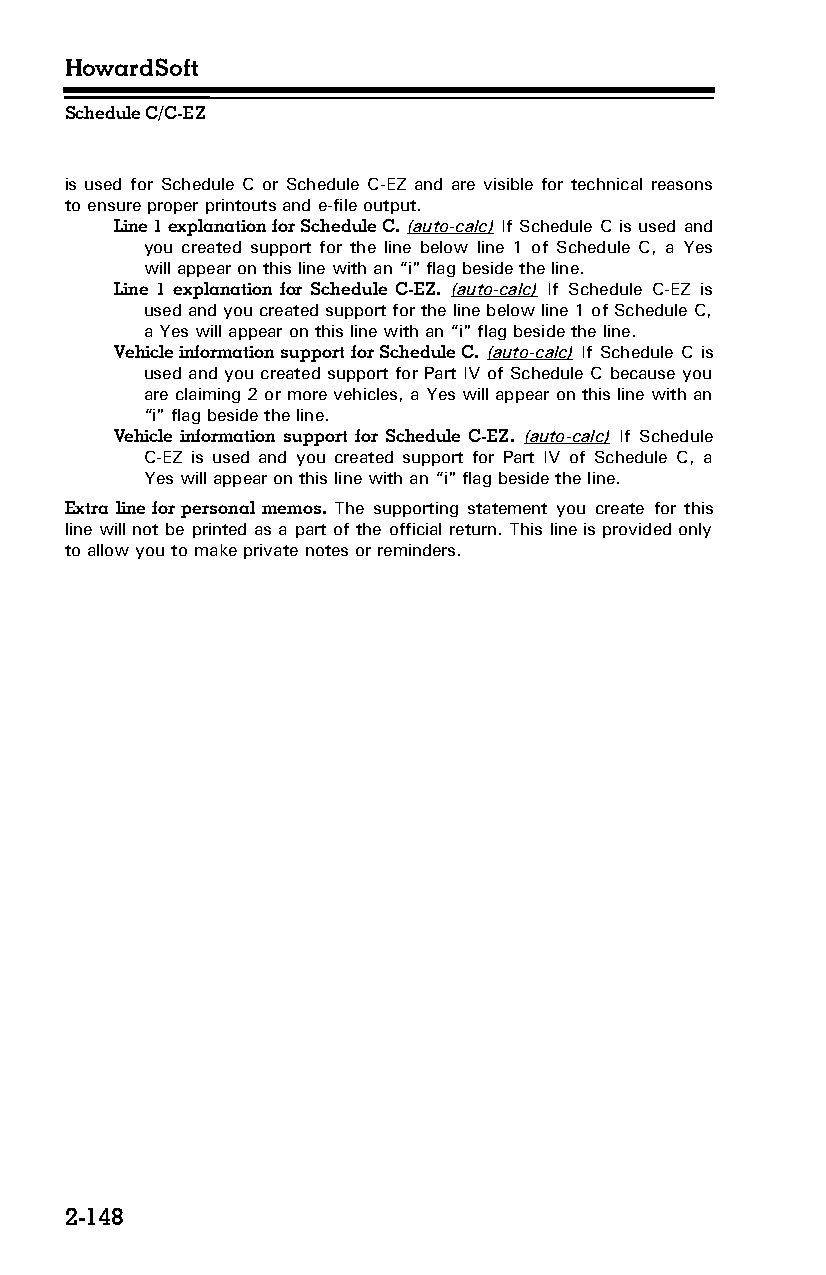
HowardSoft
 Schedule C/C-EZ
 is used for Schedule C or Schedule C-EZ and are visible for technical reasons
 to ensure proper printouts and e-file output.
 Line 1 explanation for Schedule C. (auto-calc) If Schedule C is used and
 you created support for the line below line 1 of Schedule C, a Yes
 will appear on this line with an “i" flag beside the line.
 Line 1 explanation for Schedule C-EZ. (auto-calc) If Schedule C-EZ is
 used and you created support for the line below line 1 of Schedule C,
 a Yes will appear on this line with an “i" flag beside the line.
 Vehicle information support for Schedule C. (auto-calc) If Schedule C is
 used and you created support for Part IV of Schedule C because you
 are claiming 2 or more vehicles, a Yes will appear on this line with an
 “i" flag beside the line.
 Vehicle information support for Schedule C-EZ. (auto-calc) If Schedule
 C-EZ is used and you created support for Part IV of Schedule C, a
 Yes will appear on this line with an “i" flag beside the line.
 Extra line for personal memos. The supporting statement you create for this
 line will not be printed as a part of the official return. This line is provided only
 to allow you to make private notes or reminders.
 2-148